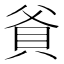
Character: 𬥐